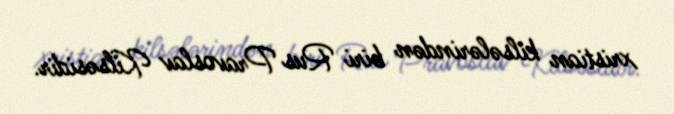
xristian kilsələrindən biri Rus Pravoslav Kilsəsidir.